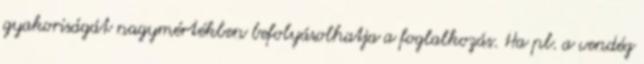
gyakoriságát nagymértékben befolyásolhatja a foglalkozás. Ha pl. a vendég